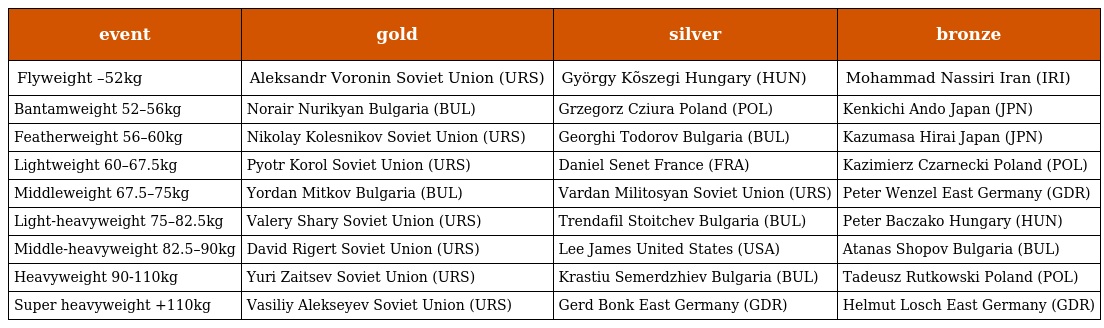
| event | gold | silver | bronze |
 | --- | --- | --- | --- |
 | Flyweight –52kg | Aleksandr Voronin Soviet Union (URS) | György Kõszegi Hungary (HUN) | Mohammad Nassiri Iran (IRI) |
 | Bantamweight 52–56kg | Norair Nurikyan Bulgaria (BUL) | Grzegorz Cziura Poland (POL) | Kenkichi Ando Japan (JPN) |
 | Featherweight 56–60kg | Nikolay Kolesnikov Soviet Union (URS) | Georghi Todorov Bulgaria (BUL) | Kazumasa Hirai Japan (JPN) |
 | Lightweight 60–67.5kg | Pyotr Korol Soviet Union (URS) | Daniel Senet France (FRA) | Kazimierz Czarnecki Poland (POL) |
 | Middleweight 67.5–75kg | Yordan Mitkov Bulgaria (BUL) | Vardan Militosyan Soviet Union (URS) | Peter Wenzel East Germany (GDR) |
 | Light-heavyweight 75–82.5kg | Valery Shary Soviet Union (URS) | Trendafil Stoitchev Bulgaria (BUL) | Peter Baczako Hungary (HUN) |
 | Middle-heavyweight 82.5–90kg | David Rigert Soviet Union (URS) | Lee James United States (USA) | Atanas Shopov Bulgaria (BUL) |
 | Heavyweight 90-110kg | Yuri Zaitsev Soviet Union (URS) | Krastiu Semerdzhiev Bulgaria (BUL) | Tadeusz Rutkowski Poland (POL) |
 | Super heavyweight +110kg | Vasiliy Alekseyev Soviet Union (URS) | Gerd Bonk East Germany (GDR) | Helmut Losch East Germany (GDR) |